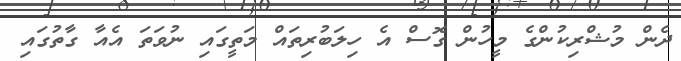
ދެން މުޝްރިކުންގެ މީހުން ގޮސް އެ ހިލަބުރިތައް މަތީގައި ނުވަތަ އެއާ ގާތުގައި